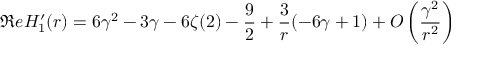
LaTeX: \Re e H _ { 1 } ^ { \prime } ( r ) = 6 \gamma ^ { 2 } - 3 \gamma - 6 \zeta ( 2 ) - { \frac { 9 } { 2 } } + { \frac { 3 } { r } } ( - 6 \gamma + 1 ) + { \cal O } \left( { \frac { \gamma ^ { 2 } } { r ^ { 2 } } } \right)